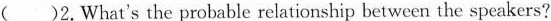
( )2.What's the probable relationship between the speakers?